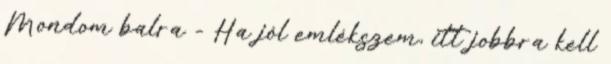
Mondom balra - Ha jól emlékszem, itt jobbra kell